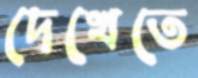
দেখেতে